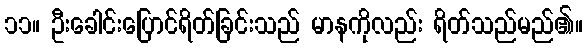
၁၁။ ဦးခေါင်းပြောင်ရိတ်ခြင်းသည် မာနကိုလည်း ရိတ်သည်မည်၏။